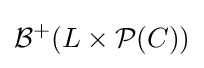
{\mathcal {B}}^{+}(L\times {\mathcal {P}}(C))